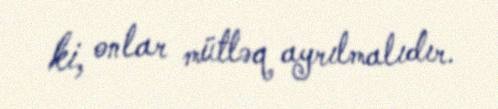
ki, onlar mütləq ayrılmalıdır.